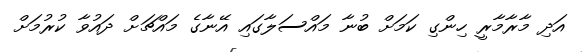
އަދި މާރާމާރީ ހިންގި ކަމަށް ބުނާ މައްސަލާގައި އޭނާގެ މައްޗަށް ދައުވާ ކުރުމަށް